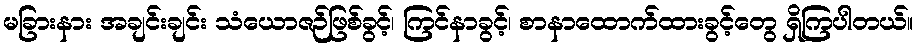
မခြားနား အချင်းချင်း သံယောဇဉ်ဖြစ်ခွင့်၊ ကြင်နာခွင့်၊ စာနာထောက်ထားခွင့်တွေ ရှိကြပါတယ်။